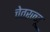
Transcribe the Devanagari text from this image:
चेतरज्जू